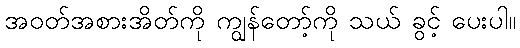
အဝတ်အစားအိတ်ကို ကျွန်တော့်ကို သယ် ခွင့် ပေးပါ။